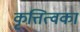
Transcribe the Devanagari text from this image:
कृत्तित्वका